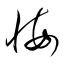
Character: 悔